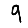
Digit: 9